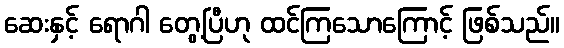
ဆေးနှင့် ရောဂါ တွေ့ပြီဟု ထင်ကြသောကြောင့် ဖြစ်သည်။